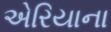
એરિયાના